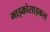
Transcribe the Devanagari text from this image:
माइक्रोसाइकस